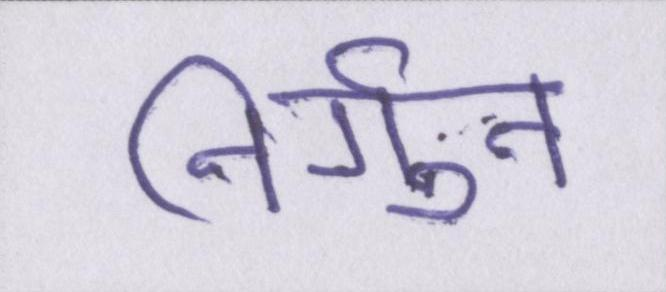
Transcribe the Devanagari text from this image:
निर्गुन